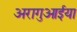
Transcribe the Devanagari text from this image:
अरागुआईया